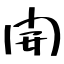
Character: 開